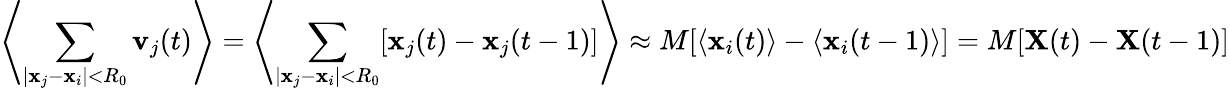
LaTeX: \left\langle\sum_{|\mathbf{x}_{j}-\mathbf{x}_{i}|<R_{0}}\mathbf{v}_{j}(t)\right\rangle=\left\langle\sum_{|\mathbf{x}_{j}-\mathbf{x}_{i}|<R_{0}}[\mathbf{x}_{j}(t)-\mathbf{x}_{j}(t-1)]\right\rangle\approx M[\langle\mathbf{x}_{i}(t)\rangle-\langle\mathbf{x}_{i}(t-1)\rangle]=M[\mathbf{X}(t)-\mathbf{X}(t-1)]